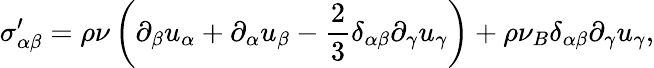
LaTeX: \sigma_{\alpha\beta}^{\prime}=\rho\nu\left(\partial_{\beta}u_{\alpha}+\partial_{\alpha}u_{\beta}-\frac{2}{3}\delta_{\alpha\beta}\partial_{\gamma}u_{\gamma}\right)+\rho\nu_{B}\delta_{\alpha\beta}\partial_{\gamma}u_{\gamma},